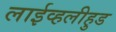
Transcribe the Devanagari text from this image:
लाईव्हलीहुड